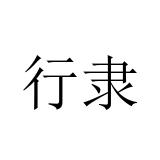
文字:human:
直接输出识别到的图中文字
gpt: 行隶